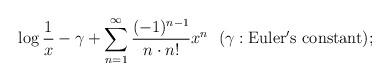
LaTeX: \begin{align*}\log \frac{1}{x}-\gamma+\sum_{n=1}^{\infty} \frac{(-1)^{n-1}}{n\cdot n!}x^{n}\ \ (\gamma: \rm{Euler's\ constant});\end{align*}